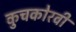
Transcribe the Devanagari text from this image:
कुचकोरवी